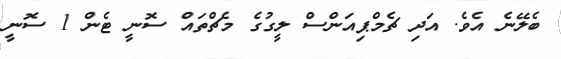
ބެލޭނެ އެވެ. އަދި ޗެމްޕިއަންސް ލީގުގެ މެޗްތައް ސޮނީ ޓެން 1 ސޮނީ